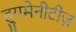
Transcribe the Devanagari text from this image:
ह्युमेनीटीज़